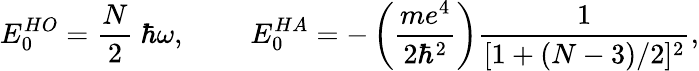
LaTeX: E_{0}^{HO}=\frac{N}{2}~\hbar\omega,~~~~~~~~~E_{0}^{HA}=-\left(\frac{me^{4}}{2\hbar^{2}}\right)\frac{1}{[1+(N-3)/2]^{2}},